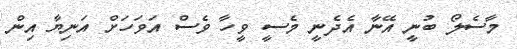
މާސެލޯ ބުނީ އޭނާ އެދެނީ މެސީ ވީހާ ވެސް އަވަހަށް އަނިޔާ އިން